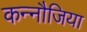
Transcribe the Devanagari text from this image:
कन्नौजिया